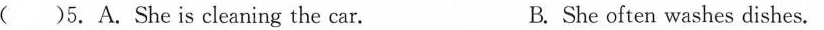
( )5. A.She is cleaning the car. B. She often washes dishes.